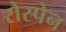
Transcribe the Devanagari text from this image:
रोस्पेन